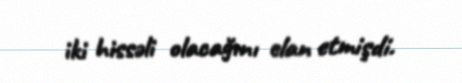
iki hissəli olacağını elan etmişdi.